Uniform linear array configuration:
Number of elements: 64
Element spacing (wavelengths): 0.25
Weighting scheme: blackman
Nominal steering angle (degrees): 45
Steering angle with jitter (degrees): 46.164
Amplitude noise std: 0.05
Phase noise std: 0.05

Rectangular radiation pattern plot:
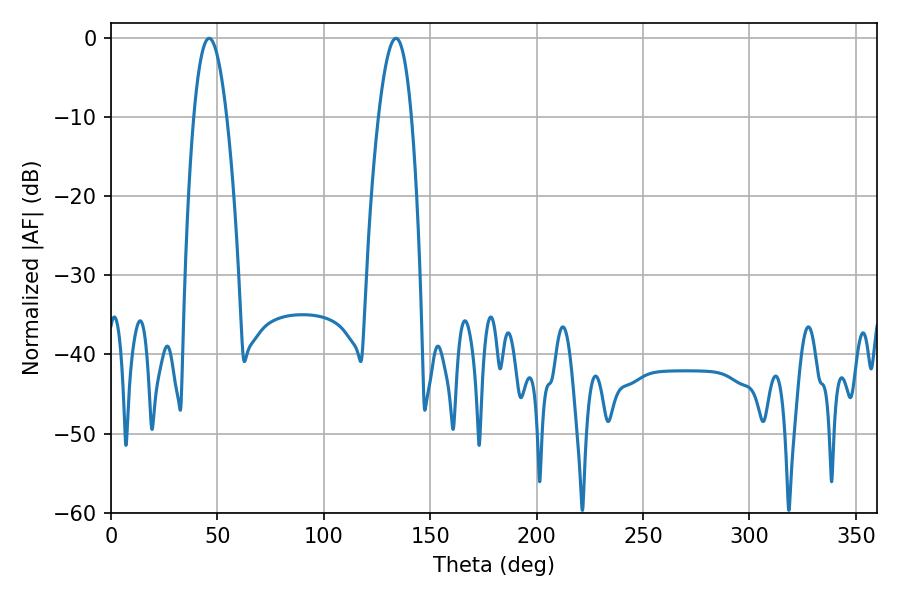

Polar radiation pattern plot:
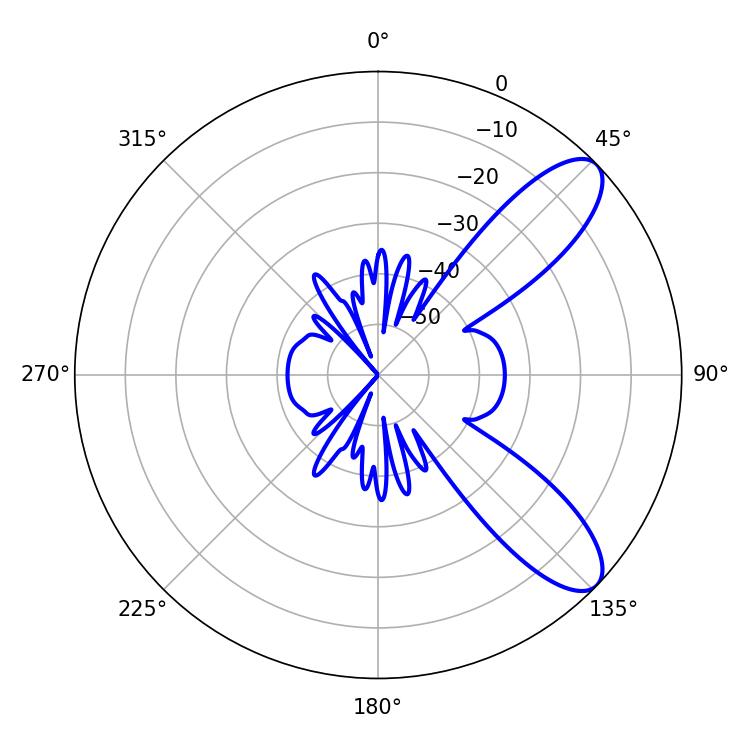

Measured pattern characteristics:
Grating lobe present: FALSE
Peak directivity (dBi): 9.371
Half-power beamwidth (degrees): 8.64
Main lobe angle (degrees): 46.08